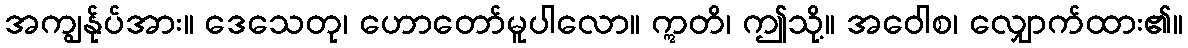
အကျွန်ုပ်အား။ ဒေသေတု၊ ဟောတော်မူပါလော။ ဣတိ၊ ဤသို့။ အဝေါစ၊ လျှောက်ထား၏။